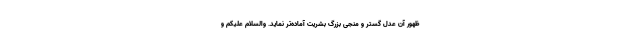
ظهور آن عدل گستر و منجی بزرگ بشریت آماده‌تر نماید. والسلام علیکم و